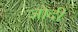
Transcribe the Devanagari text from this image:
जोदी